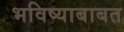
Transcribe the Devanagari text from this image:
भविष्याबाबत